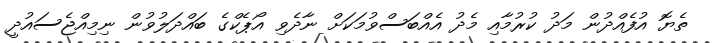
ތެޔޮ އުފެއްދުން މަދު ކުރުމާއި މެދު އެއްބަސްވުމަކަށް ނާދެވި އޯޕެކްގެ ބައްދަލުވުން ނިމިއްޖެސައުދީ